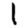
Digit: 1